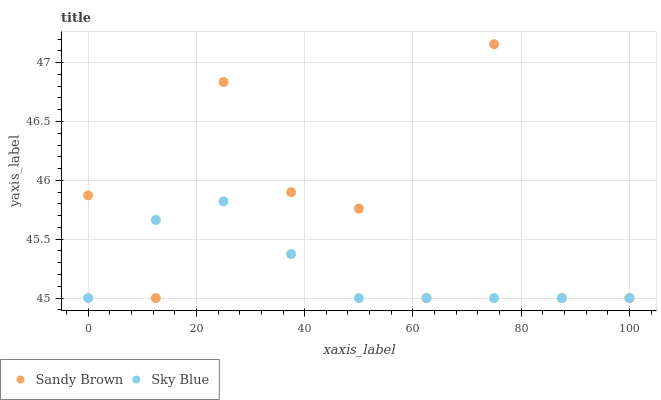
| xaxis_label | Sandy Brown | Sky Blue |
 | --- | --- | --- |
 | 0 | 45.9 | 45 |
 | 12.5 | 45 | 45.7 |
 | 25 | 46.8 | 45.8 |
 | 37.5 | 45.9 | 45.4 |
 | 50 | 45.8 | 45 |
 | 62.5 | 45 | 45 |
 | 75 | 47.2 | 45 |
 | 87.5 | 45 | 45 |
 | 100 | 45 | 45 |